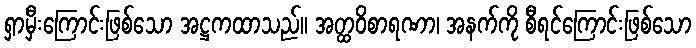
ရှာမှီးကြောင်းဖြစ်သော အဋ္ဌကထာသည်။ အတ္ထဝိစာရဏာ၊ အနက်ကို စီရင်ကြောင်းဖြစ်သော